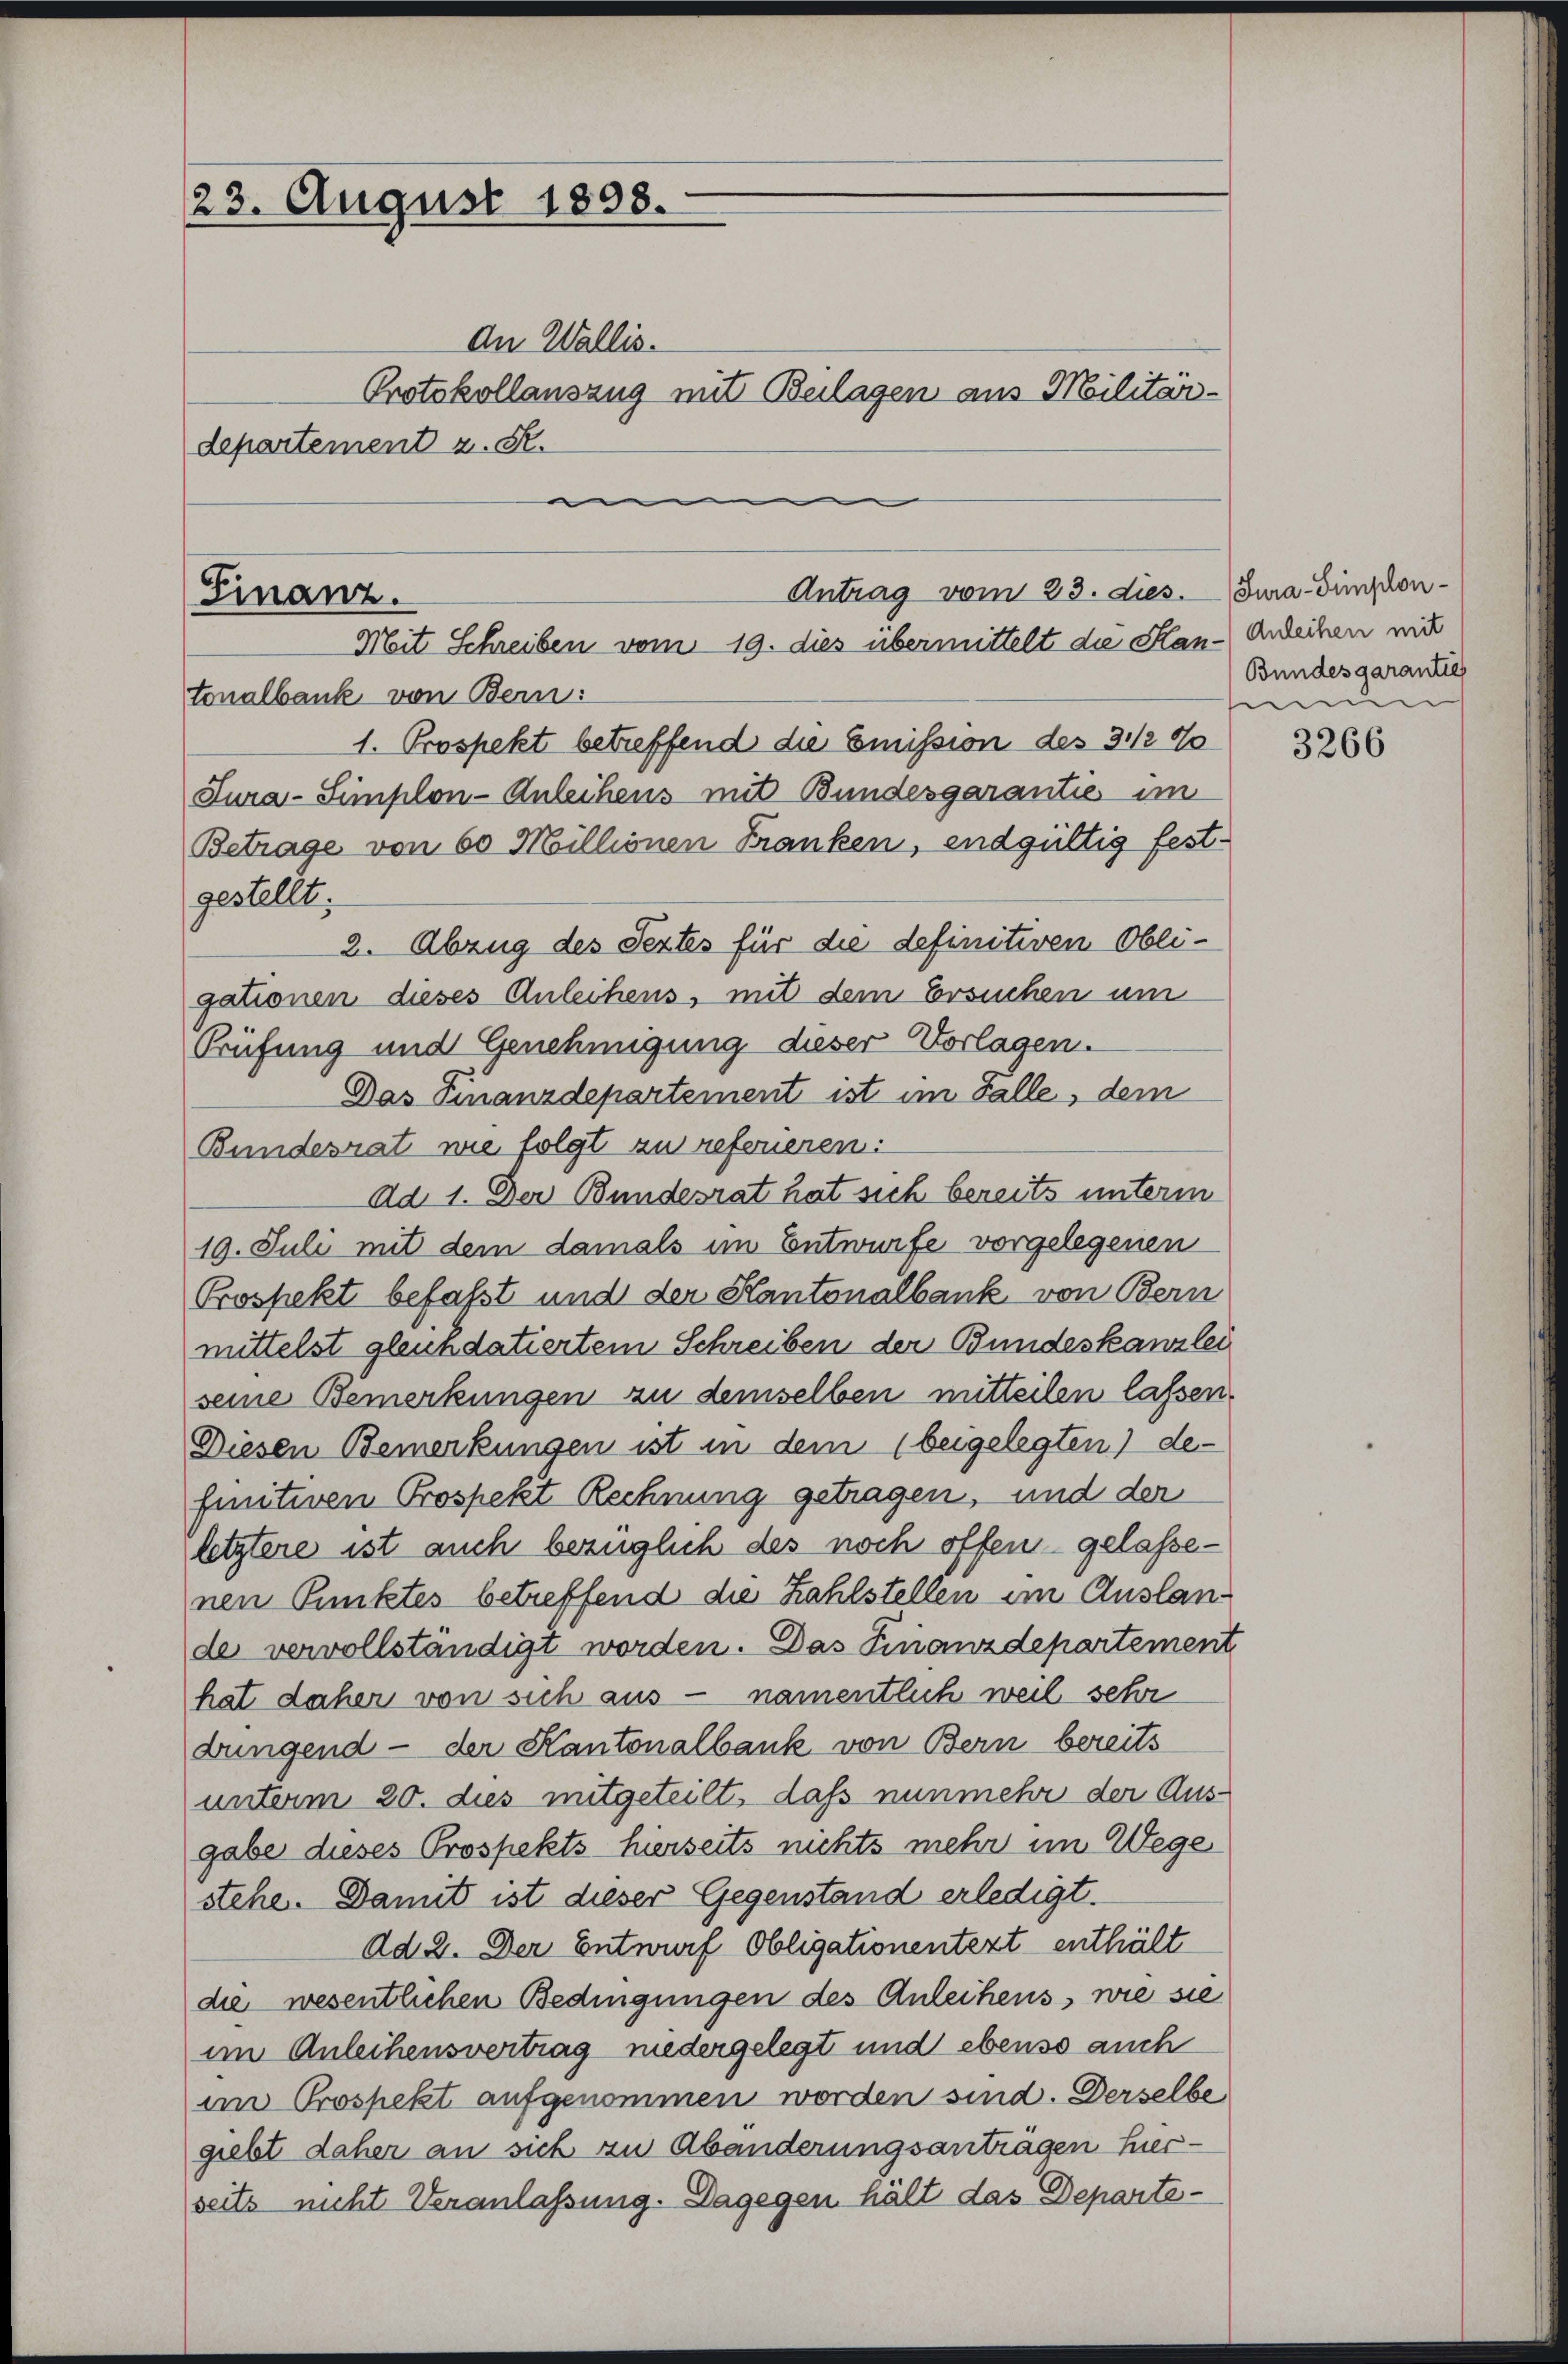
23. August 1898.

An Wallis.
Protokollauszug mit Beilagen aus Militär-
departement z. S.

Antrag vom 23. dies
(Finanz.
Mit Schreiben vom 19. dies übermittelt die Han-Anleihen mit

tonalbank von Bern:
1. Prospekt betreffend die Emission des 3 1/2 %
Tura-Simplon-Anleihens mit Bundesgarantie im
Betrage von 60 Millionen Franken, endgültig festgestellt.
2. Abzug des Peztes für die definitiven Obligationen dieses Anleihens, mit dem Ersuchen um
Prüfung und Genehmigung dieser Vorlagen.
Das Finanzdepartement ist im Falle, dem
Bundesrat wie folgt zu referieren:
Ad 1. Der Bundesrat hat sich bereits unterm
19. Juli mit dem damals im Entwurfe vorgelegenen
Prospekt befaßt und der Kantonalbank von Bern
mittelst gleichdatiertem Schreiben der Bundeskanzlei
seine Bemerkungen zu demselben mitteilen lassen.
Diesen Bemerkungen ist in dem beigelegten) de
finitiven Prospekt Rechnung getragen, und der
letztere ist auch bezüglich des noch offen – gelassenen Punktes betreffend die Zahlstellen im Auslande vervollständigt worden. Das Finanzdepartement
hat daher von sich aus - namentlich weil sehr
dungend - der Kantonalbank von Bern bereits
unterm 20. dies mitgeteilt, daß nunmehr der Ausgabe dieses Prospekts hierseits nichts mehr im Wege
stehe. Damit ist dieser Gegenstand erledigt.
Ad 2. Der Entwurf Obligationentezt enthält
die wesentlichen Bedingungen des Anleihens, wie sie
im Anleihensvertrag niedergelegt und ebenso auch
im Prospekt aufgenommen worden sind. Derselbe
giebt daher an sich zu Abänderungsanträgen hierseits nicht Veranlassung. Dagegen hält das Departe¬

Sura-Simplon¬
Bundes garantie
mun

3266